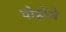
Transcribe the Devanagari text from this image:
पोहोचे